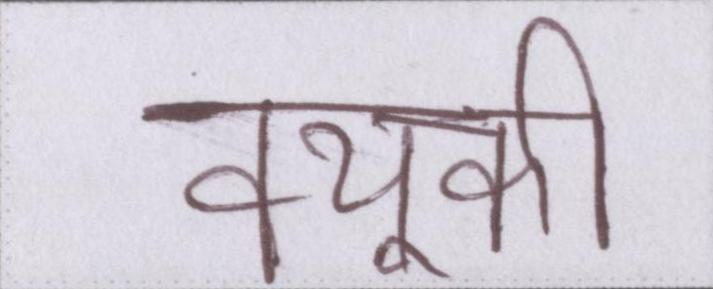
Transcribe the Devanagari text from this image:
क्यूकी